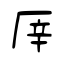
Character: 厗